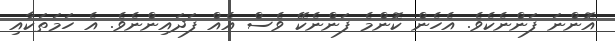
އޮންނަ ފަންނެކެވެ. އެހެން ކޮންމެ ފަންނެކޭ ވެސް އެއް ފަދައިންނެވެ. އެ ހަމަތަކާއި